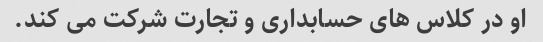
او در کلاس های حسابداری و تجارت شرکت می کند.